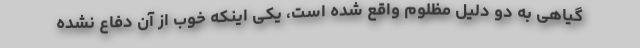
گیاهی به دو دلیل مظلوم واقع شده است، یکی اینکه خوب از آن دفاع نشده